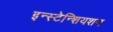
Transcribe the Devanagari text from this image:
इन्स्टेन्शियशन